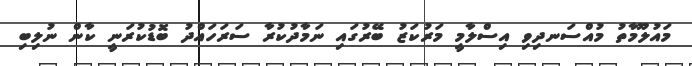
މައުލޫމާތު މުއްސަނދިވި އިސްލާމީ މަރުކަޒު ބޭރުގައި ނަމާދުކުރާ ސަރަހައްދު ބޮޑުކުރަނީ ކާން ނުލިބި